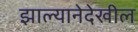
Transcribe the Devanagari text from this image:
झाल्यानेदेखील